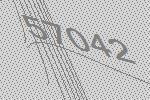
57042